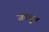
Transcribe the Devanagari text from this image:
जपवून